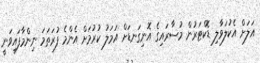
އަލަށް އެކުލަވާލި ޑޮކްޓަރުން މުސާރައިގެ އޮނިގަނޑަށް އަމަލު ކުރުމަށް އެންމެ ފުރަތަމަ ނިންމާފައިވަނީ